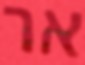
אר